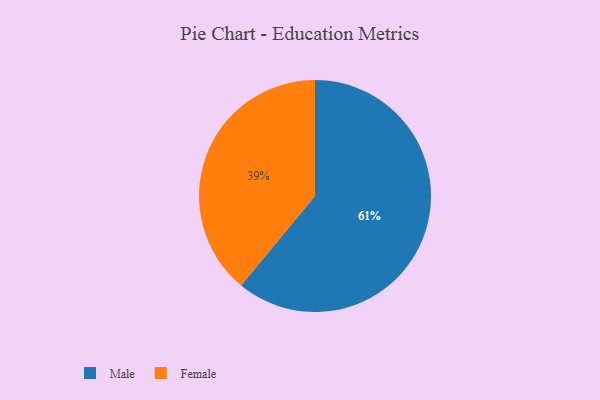
{"axis": {"x": "Category", "y": "Percentage"}, "legend": ["Female", "Male"], "data": [{"x": "Female", "y": 39, "type": "Female"}, {"x": "Male", "y": 61, "type": "Male"}]}